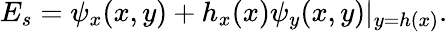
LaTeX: E_{s}=\psi_{x}(x,y)+h_{x}(x)\psi_{y}(x,y)|_{y=h(x)}.